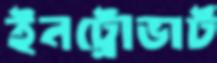
ইনট্রোভার্ট